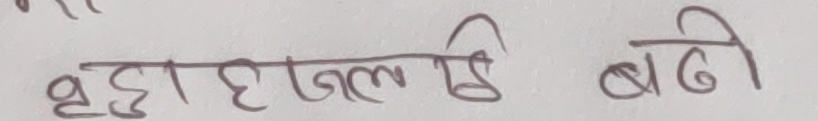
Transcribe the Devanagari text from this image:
वहाँ हाल ही बैठी